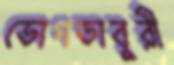
ভোগডাবুরী